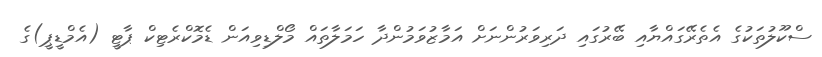
ސްކޫލުތަކުގެ އެތެރޭގައްޔާއި ބޭރުގައި ދަރިވަރުންނަށް އަމާޒުވަމުންދާ ހަމަލާތައް މޯލްޑިވިއަން ޑެމޮކްރެޓިކް ޕާޓީ (އެމްޑީޕީ)ގެ